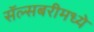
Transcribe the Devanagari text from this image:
सॅल्सबरीमध्ये